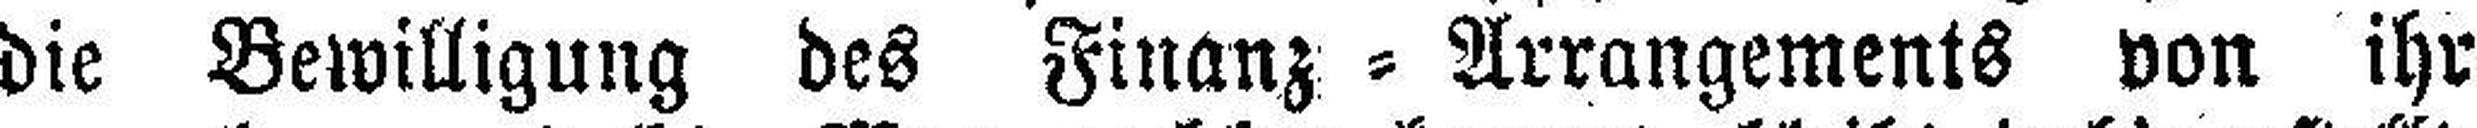
die Bewilligung des Finanz=Arrangements von ihr